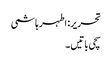
تحریر: اطہر ہاشمی
سچی باتیں۔